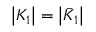
\left| K _ { 1 } \right| = \left| \bar { K } _ { 1 } \right|